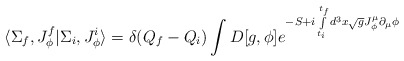
\begin{align*}\langle\Sigma_f,J_\phi^f\vert\Sigma_i, J_\phi^i\rangle= \delta(Q_f-Q_i) \int D[g,\phi] {e^{-S + i \int \limits_{t_i}^{t_f}d^3x \sqrt{g} J_\phi^\mu\partial_\mu\phi}}\end{align*}